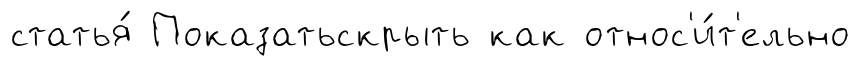
статья́ Показатьскрыть как относ'и́т'ельно